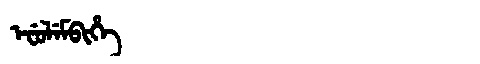
Manchu: ᡝᠸᡠᠯᡝᠮᠪᡳᡥᡝ
Romanization: EFULEMBIHE